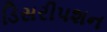
ડિસરીપશન